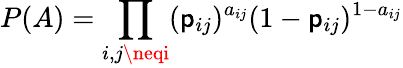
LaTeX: P(A)=\prod_{i,j\neqi}(\mathsf{p}_{ij})^{a_{ij}}(1-\mathsf{p}_{ij})^{1-a_{ij}}